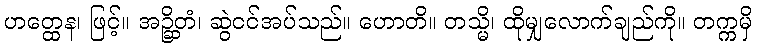
ဟတ္ထေန၊ ဖြင့်။ အဉ္ဆိတံ၊ ဆွဲငင်အပ်သည်။ ဟောတိ။ တသ္မိ၊ ထိုမျှလောက်ချည်ကို။ တက္ကမှိ